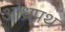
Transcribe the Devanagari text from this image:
आंध्रपथ